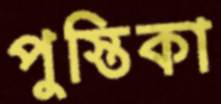
পুস্তিকা